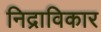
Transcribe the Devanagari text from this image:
निद्राविकार